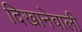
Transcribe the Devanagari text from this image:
दिखानेवाली